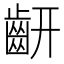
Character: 𪗛